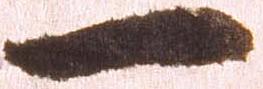
一